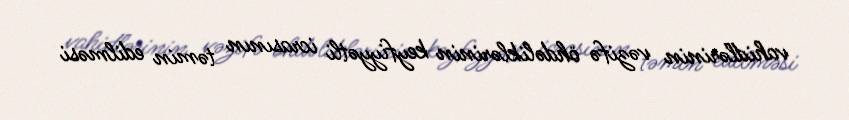
vahidlərinin vəzifə öhdəliklərinin keyfiyyətli icrasının təmin edilməsi